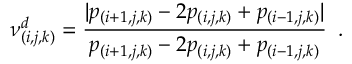
\nu _ { ( i , j , k ) } ^ { d } = \frac { | p _ { ( i + 1 , j , k ) } - 2 p _ { ( i , j , k ) } + p _ { ( i - 1 , j , k ) } | } { p _ { ( i + 1 , j , k ) } - 2 p _ { ( i , j , k ) } + p _ { ( i - 1 , j , k ) } } \, \mathrm { ~ . ~ }